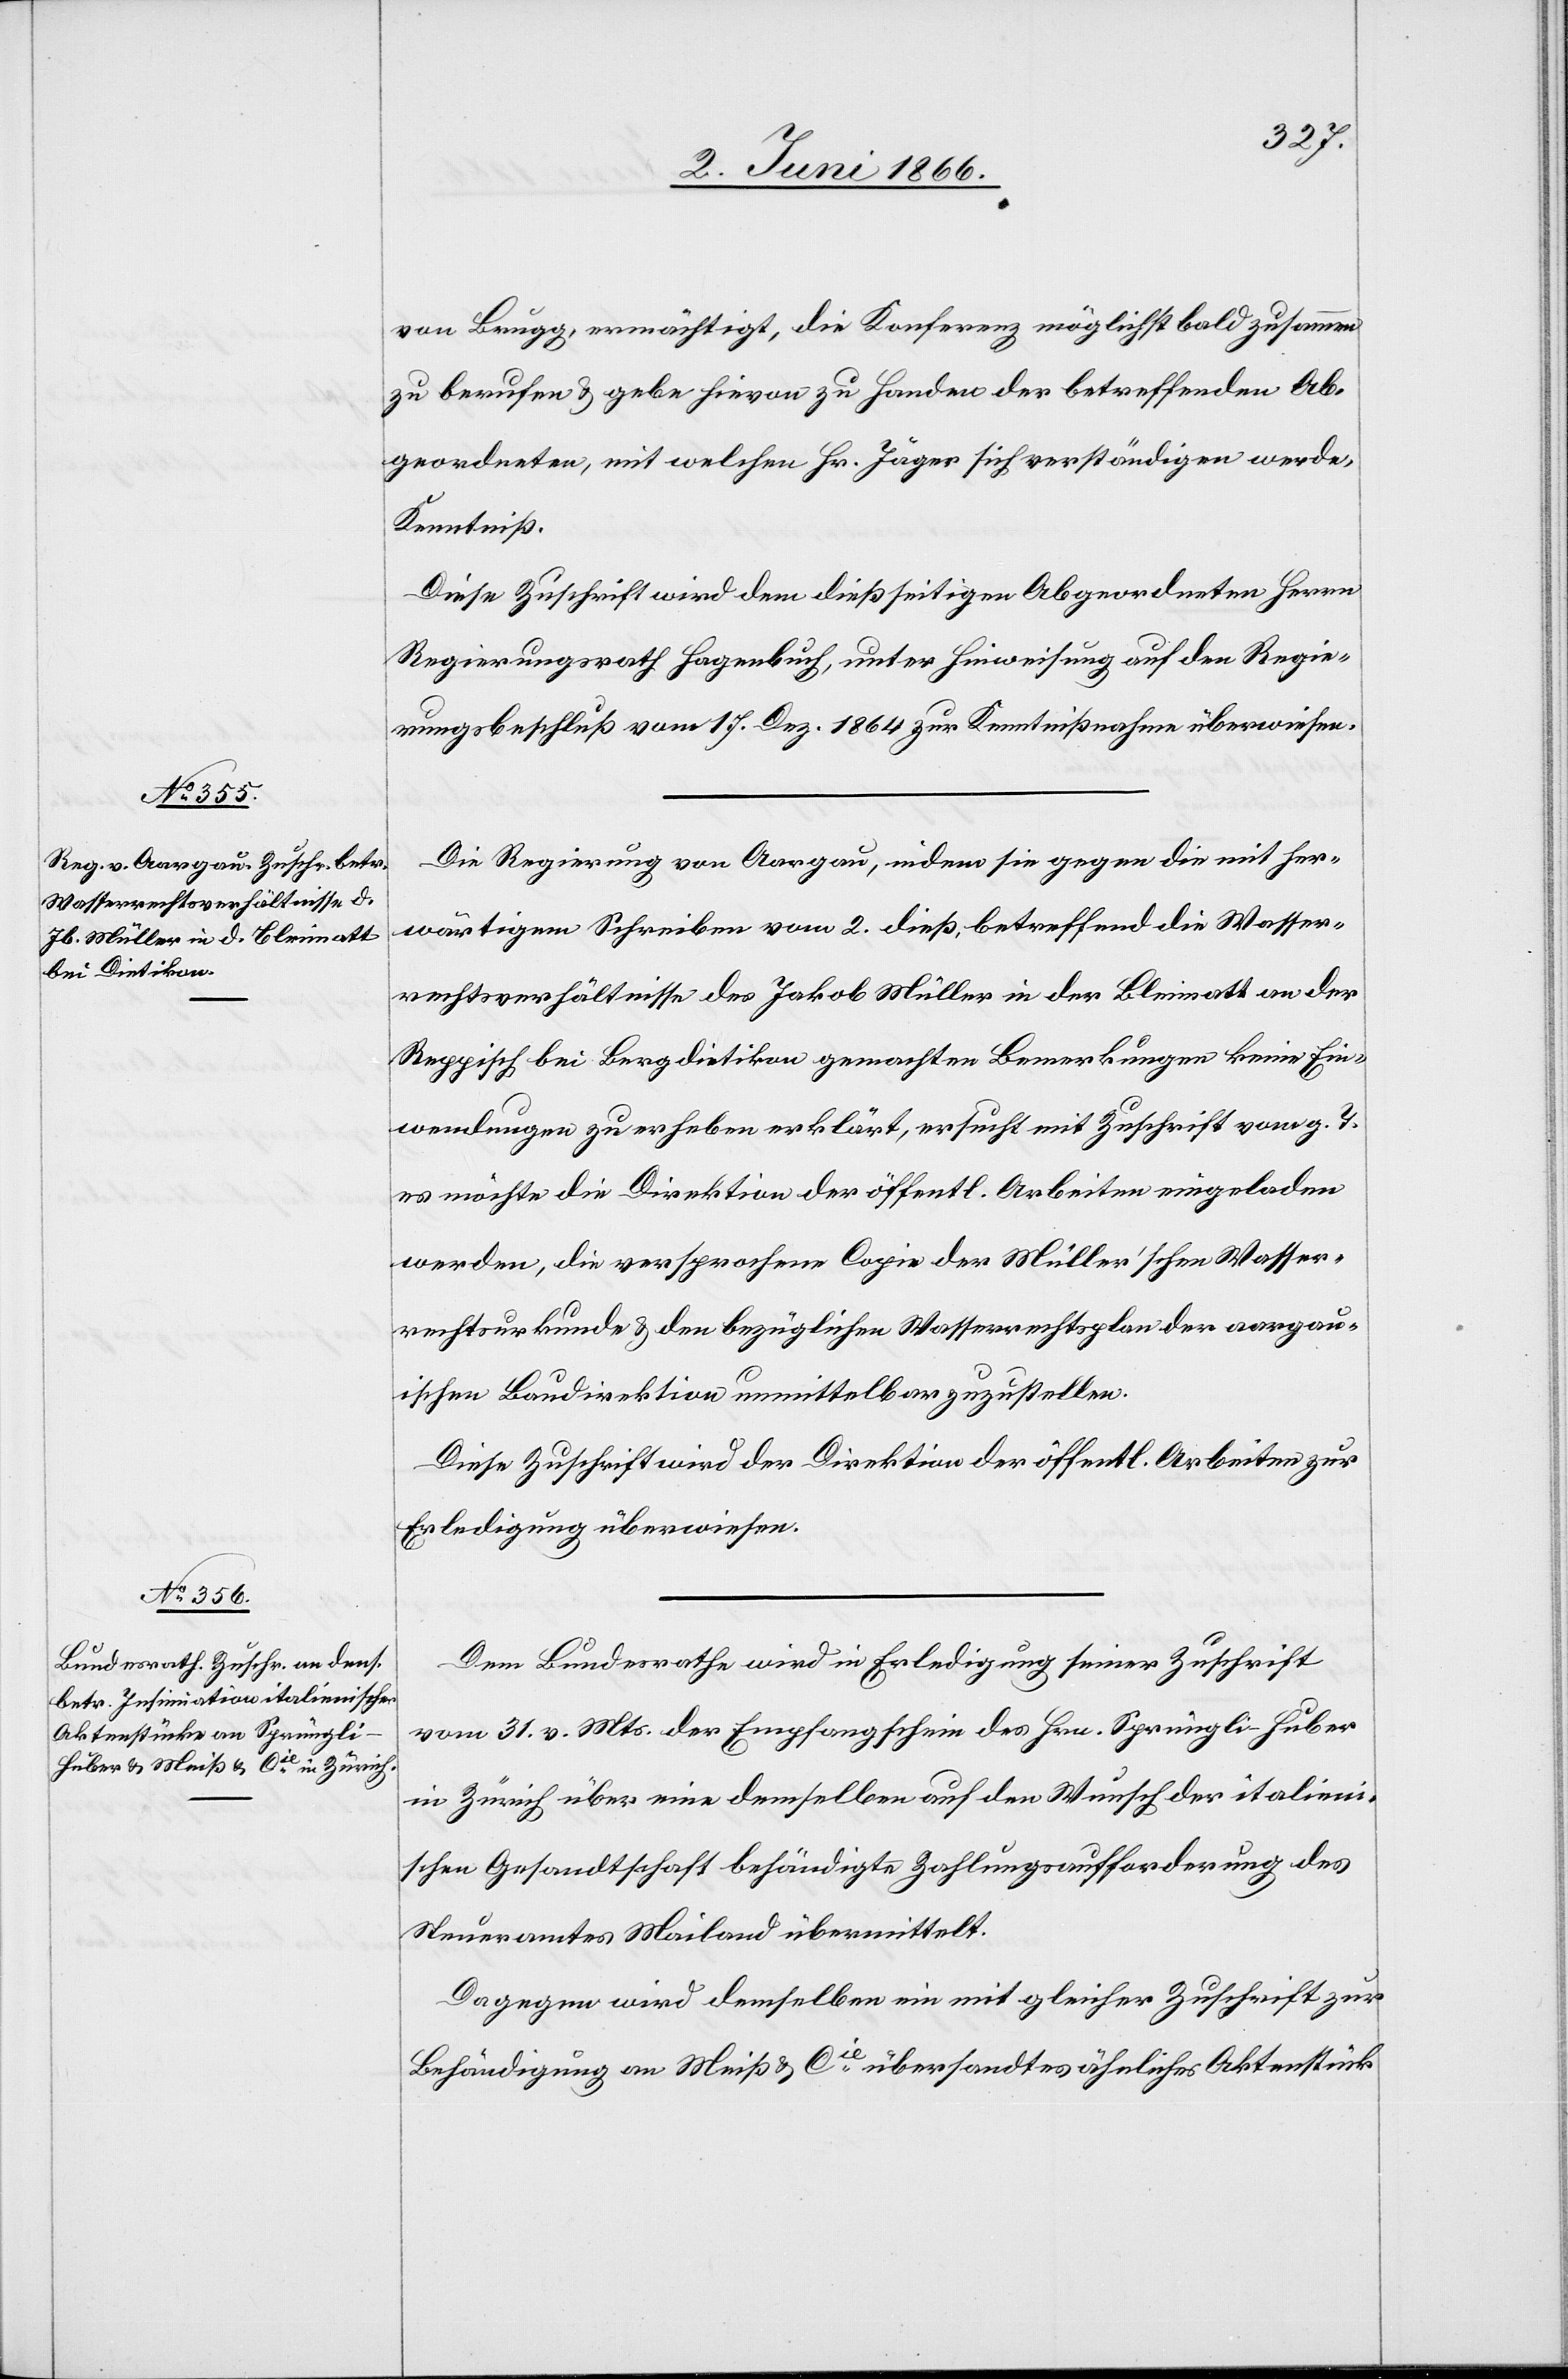
5. Juni 1866.]
von Brugg, ermächtigt, die Konferenz möglichst bald zusammen
Abgeordneten, mit welchen Hr. Jäger sich verständigen werde,
Kenntniß.
Diese Zuschrift wird dem dießseitigen Abgeordneten Herrn
Regierungsrath Hagenbuch, unter Hinweisung auf den Regie¬
rungsbeschluß vom 17. Dez. 1864 zur Kenntnißnahme überwiesen.
Die Regierung von Aargau, indem sie gegen die mit her¬
wärtigem Schreiben vom 2. dieß, betreffend die Wasser¬
rechtsverhältnisse des Jakob Müller in der Bleimatt an der
Reppisch bei Bergdietikon gemachten Bemerkungen keine Ein¬
wendungen zu erheben erklärt, ersucht mit Zuschrift vom g. T.
es möchte die Direktion der öffentl. Arbeiten eingeladen
werden, die versprochene Copie der Müller’schen Wasser¬
rechtsurkunde u. den bezüglichen Wasserrechtsplan der aargau¬
ischen Baudirektion unmittelbar zuzustellen.
Diese Zuschrift wird der Direktion der öffentl. Arbeiten zur
Erledigung überwiesen.
Dem Bundesrath wird in Erledigung seiner Zuschrift
vom 31. v. Mts. der Empfangschein des Hrn. Sprüngli-Huber
in Zürich über eine demselben auf den Wunsch der italieni¬
schen Gesandtschaft behändigte Zahlungsaufforderung des
Steueramtes Mailand übermittelt.
Dagegen wird demselben ein mit gleicher Zuschrift zur
Behändigung an Meiß u. Cie. übersandtes ähnliches Aktenstück